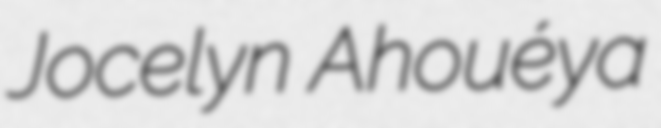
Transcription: Jocelyn Ahouéya